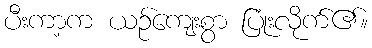
ပီးကာ့က ယဉ်ကျေးစွာ ပြုံးလိုက်၏။